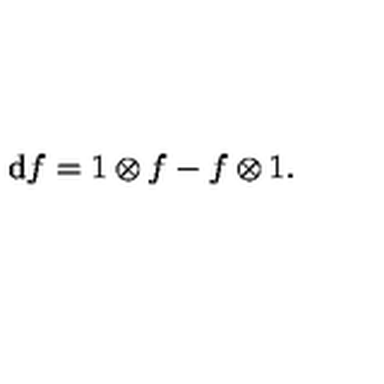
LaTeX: \mathrm { d } f = 1 \otimes f - f \otimes 1 .